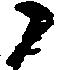
候